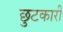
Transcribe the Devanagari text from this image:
छुटकारी